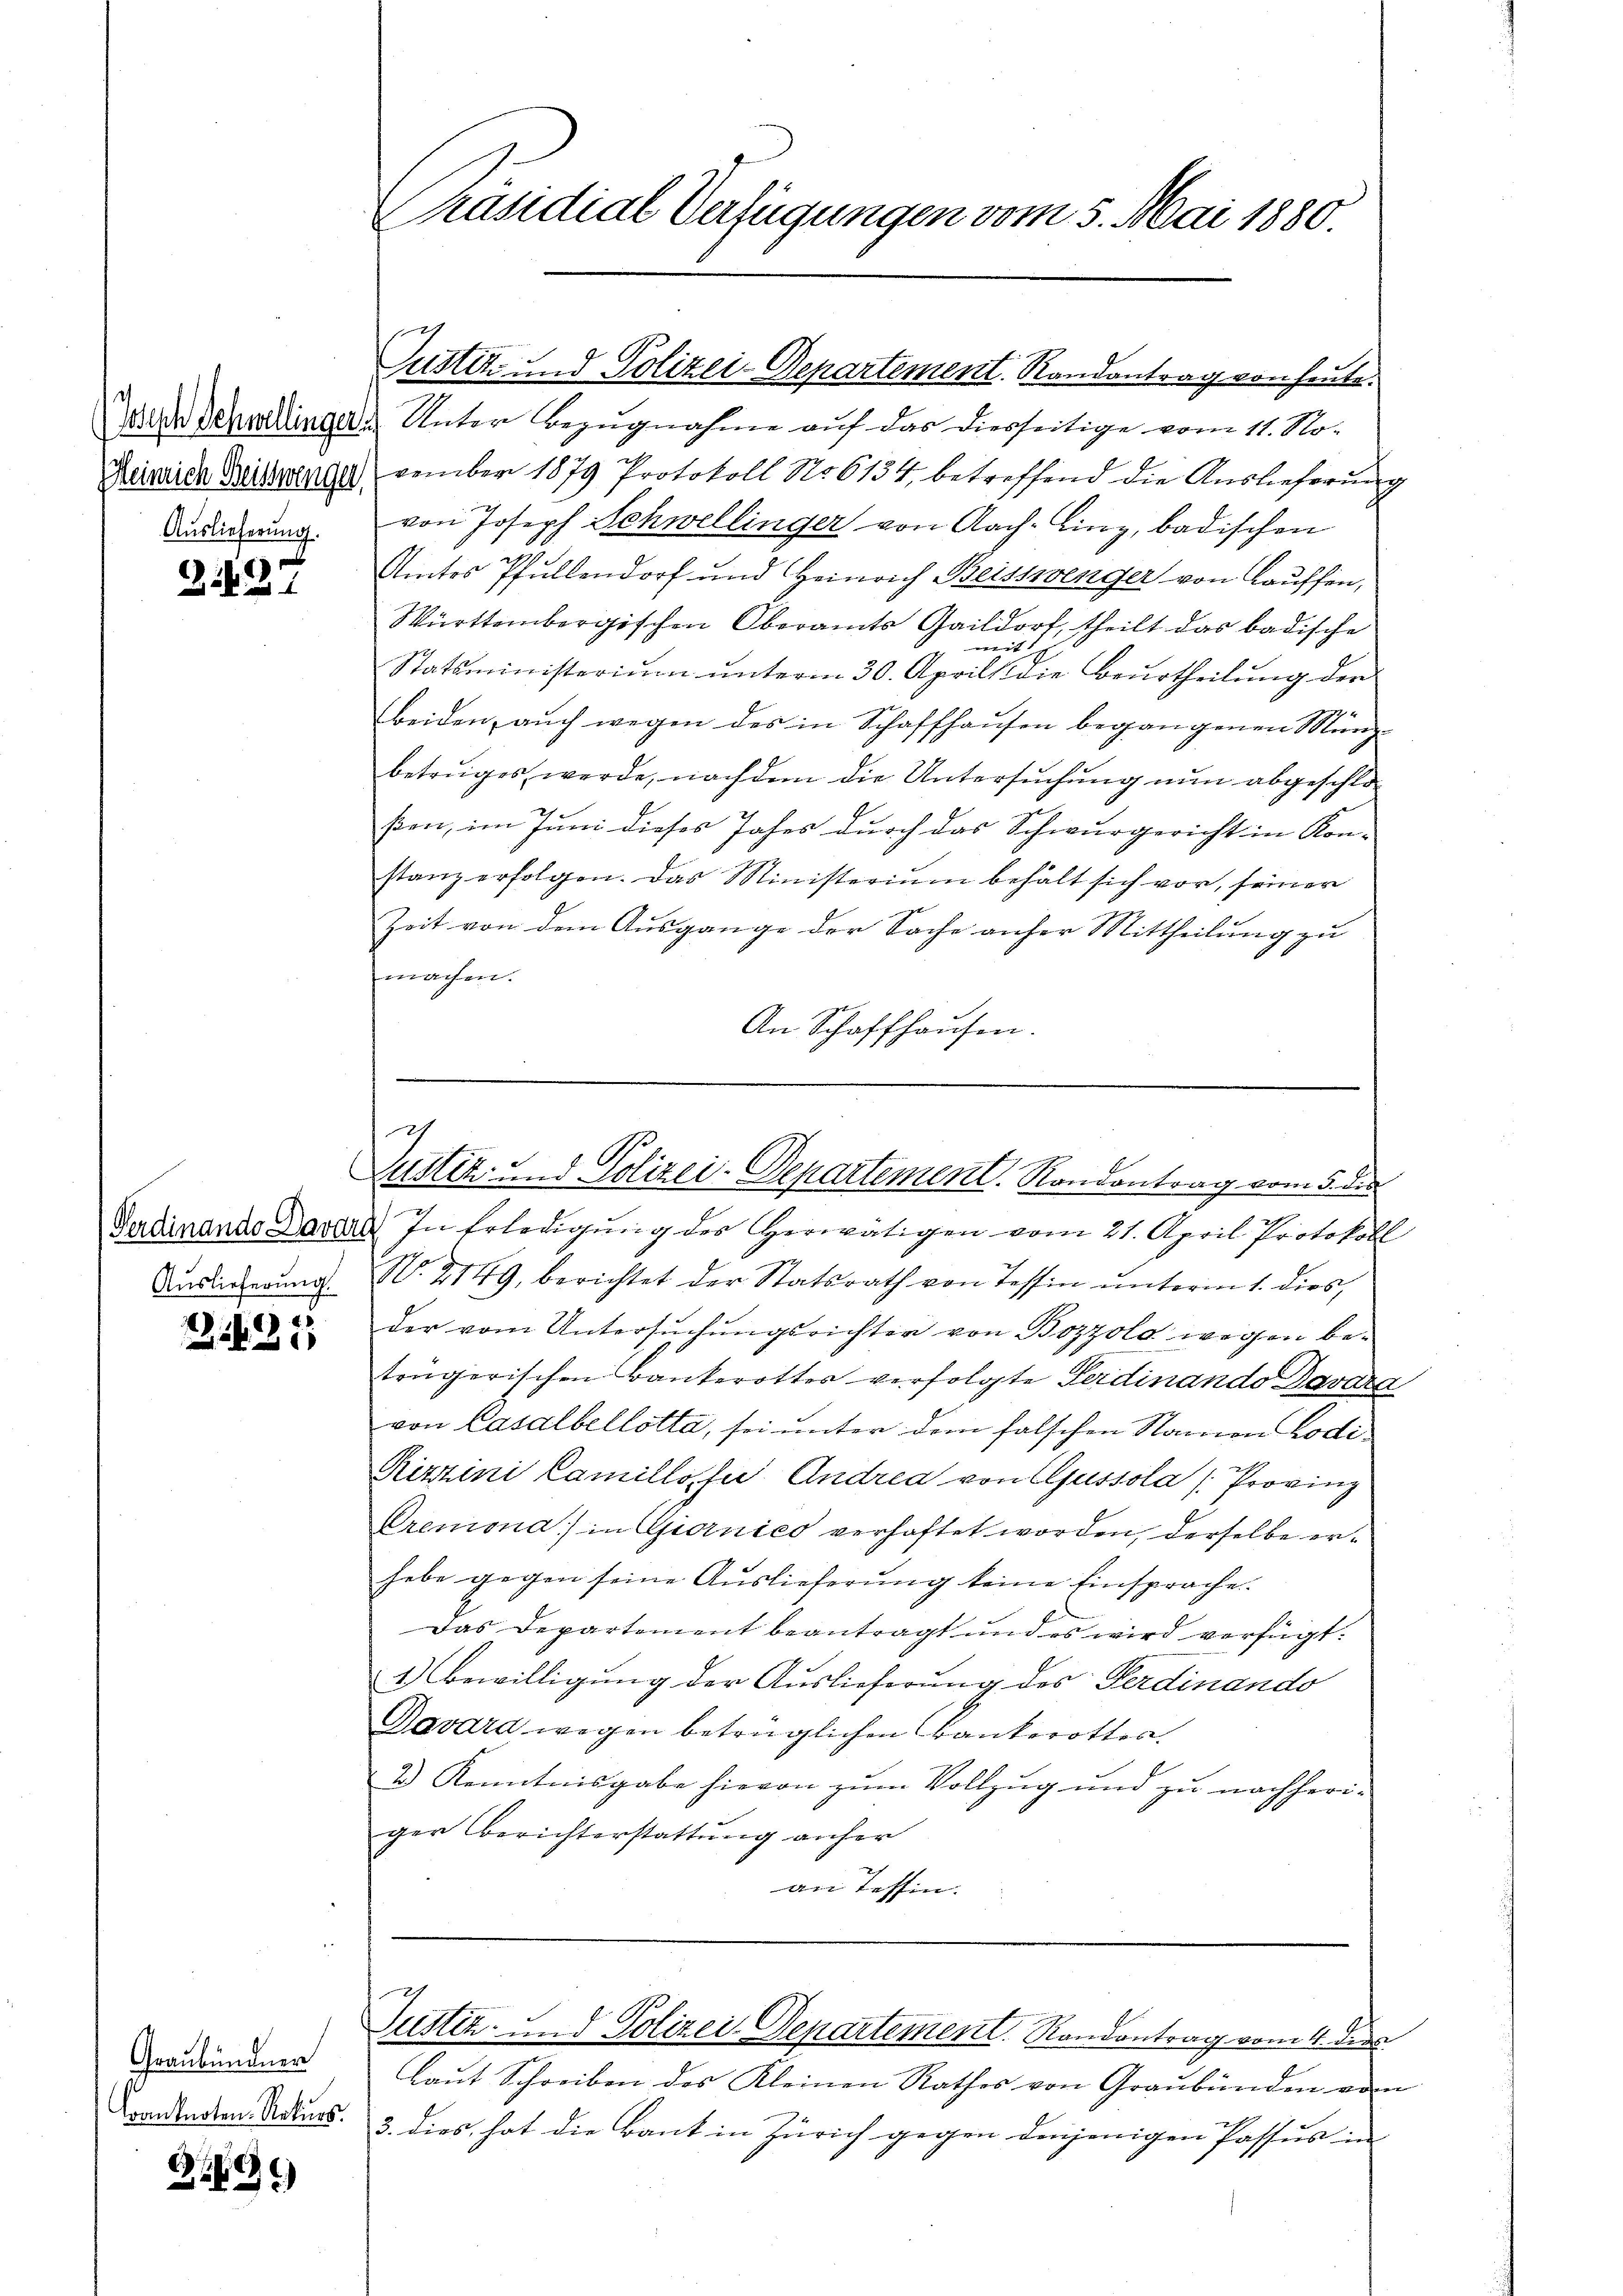
Auslieferung.

31427

Auslieferung.

21621

Graubündner
Kranknoten. Rekurs.

B.16)

Präsidial Verfügungen vom 5. Mai 1880.

Zedder Schreinge. Unter Bezugnahme auf das diesseitige vom 11. No¬
Reiseide Distrange vember 1879 Protokoll No 6134, betreffend die Auslieferung
von Joseph Schwellinger von Nach-Linz, badischen
Amtes Pfullendorf und Heinrich Beissenger von Lauffen,
Württembergischen Oberamts Gaildorf, theilt das badische

Statsministerium unterm 30. Aprill die Beurtheilung der
beiden, auch wegen des in Schaffhausen begangenen Münzbetruges werde, nachdem die Untersuchung nun abgeschloßen, im Juni dieses Jahrs durch das Schwurgericht in Kon-
stanz erfolgen. Das Ministerium behalt sich vor, seiner
Zeit von dem Ausgange der Sache anher Mittheilung zu
machen.
An Schaffhausen.

ustitz und Polizei-Departement. Randantrag von heute.

g
Zustiz- und Polizei-Departement. Rondantrag vom 5. der

Justiz- und Polizei-Departement. Randantrag vom 4. Der

Ferdinando Davial In Erledigung des Herwältigen vom 21. April Protokoll
N. 2149, berichtet der Statsrath von Tessin unterm 1. dies,
der vom Untersŭchŭngsrichter von Bozzola wegen be-
trägerischen Bänkerottes verfolgte Ferdinando Bavara
von Casalbellotta, sei unter dem falschen Namen Bodi¬
Ristini Camillosser Andrea von Aussola Provinz
Premona) in Giornies verhaftet worden, derselbe erhabe gegen seine Auslieferung keine Einsprache.
Das Departement beantragt und es wird verfügt:
1.) Bewilligung der Auslieferung des Ferdinando
Davara wegen betrüglichen Bankerottes
2) Kenntnisgabe hievon zum Vollzug und zu nachheriger Berichterstattung anher
an Tessin.

Laŭt Schreiben des Kleinen Rathes von Graubünden vom
3. dies hat die Bant in Zürich gegen denjenigen Passus in